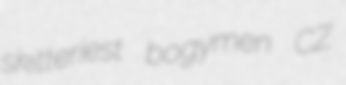
skitteriest bogymen CZ